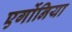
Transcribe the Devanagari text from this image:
एर्गोनिया